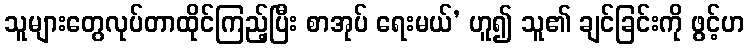
သူများတွေလုပ်တာထိုင်ကြည့်ပြီး စာအုပ် ရေးမယ်’ ဟူ၍ သူ၏ ချင်ခြင်းကို ဖွင့်ဟ